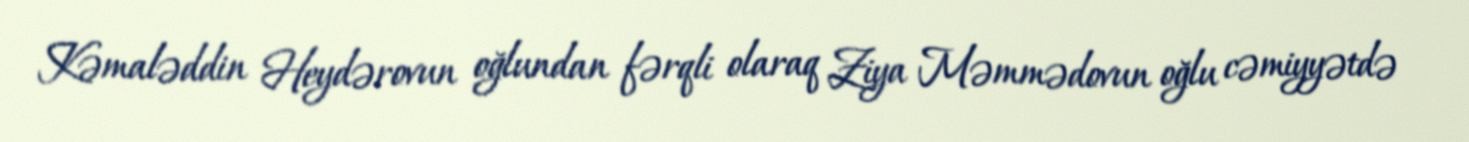
Kəmaləddin Heydərovun oğlundan fərqli olaraq Ziya Məmmədovun oğlu cəmiyyətdə